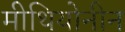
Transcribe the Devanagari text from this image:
मीथियोनीन